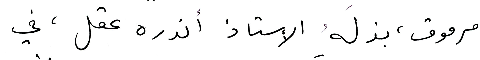
مرموق، بذلَهُ الاستاذ أندره عقل، في